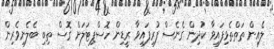
ލެއިން ތަތްތެޅިފައިވާ ކުދިން ގެނެސް ފުރިފައިވާ ރީޑިން ހޮސްޕިޓަލަށް ގޮސް ތިބި ބެލެނިވެރިން